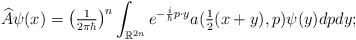
LaTeX: \begin{align*}\widehat{A}\psi(x)=\left( \tfrac{1}{2\pi\hbar}\right) ^{n}\int_{\mathbb{R}^{2n}}e^{-\frac{i}{\hbar}p\cdot y}a(\tfrac{1}{2}(x+y),p)\psi(y)dpdy; \end{align*}